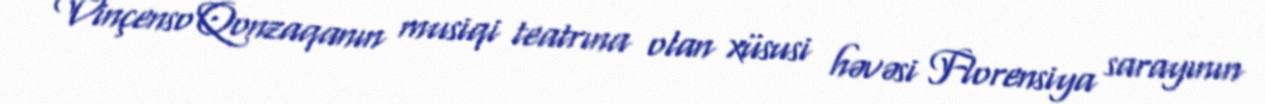
Vinçenso Qonzaqanın musiqi teatrına olan xüsusi həvəsi Florensiya sarayının